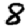
Digit: 8